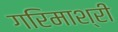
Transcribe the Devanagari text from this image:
गरिमाश्री